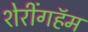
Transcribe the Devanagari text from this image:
शेरींगहॅम